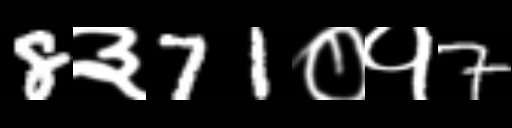
Text: 8३71०१7